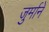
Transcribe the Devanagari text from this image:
जुर्मानें